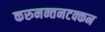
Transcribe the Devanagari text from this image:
करुनन्तनटक्कन